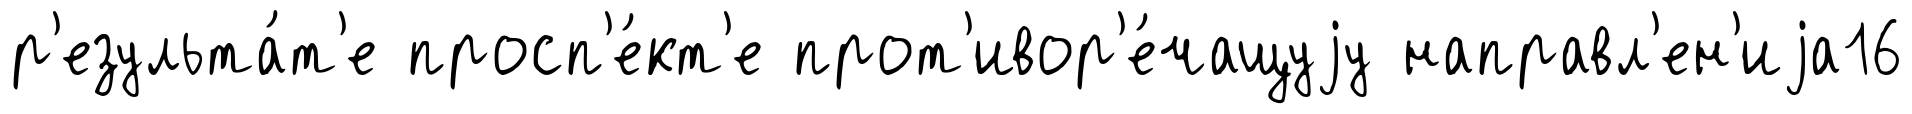
р'езульта́т'е просп'е́кт'е прот'ивор'е́чащуjу направл'ен'иjа16